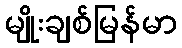
မျိုးချစ်မြန်မာ